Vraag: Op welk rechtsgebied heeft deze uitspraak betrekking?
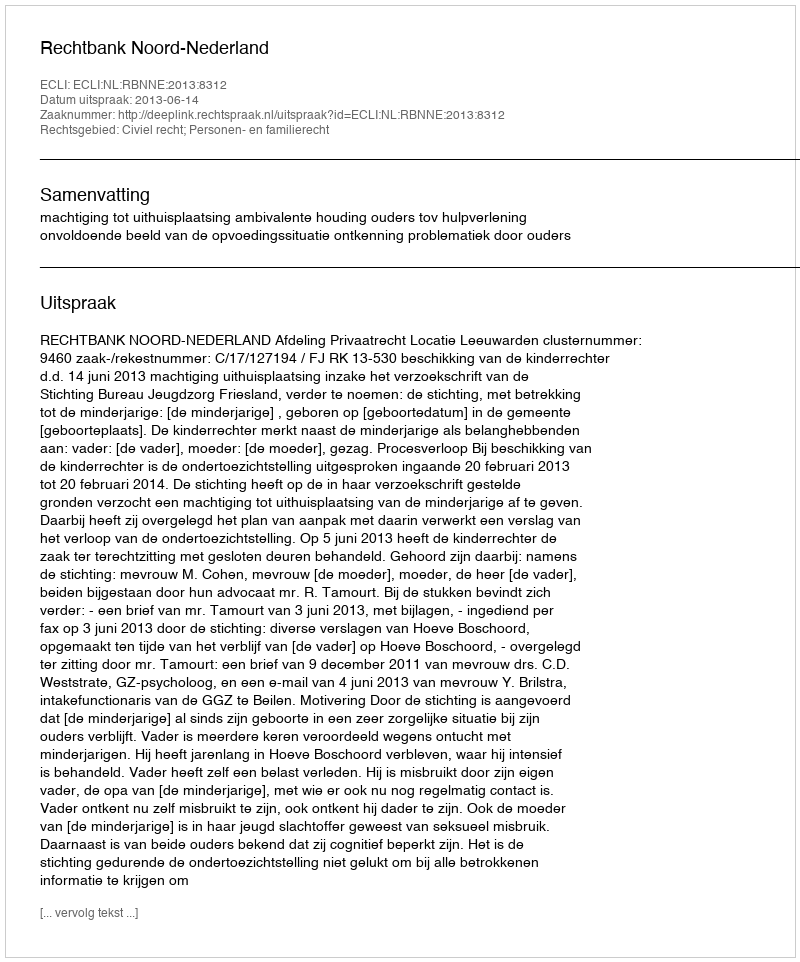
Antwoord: Civiel recht; Personen- en familierecht